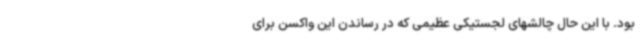
بود. با این حال چالشهای لجستیکی عظیمی که در رساندن این واکسن برای